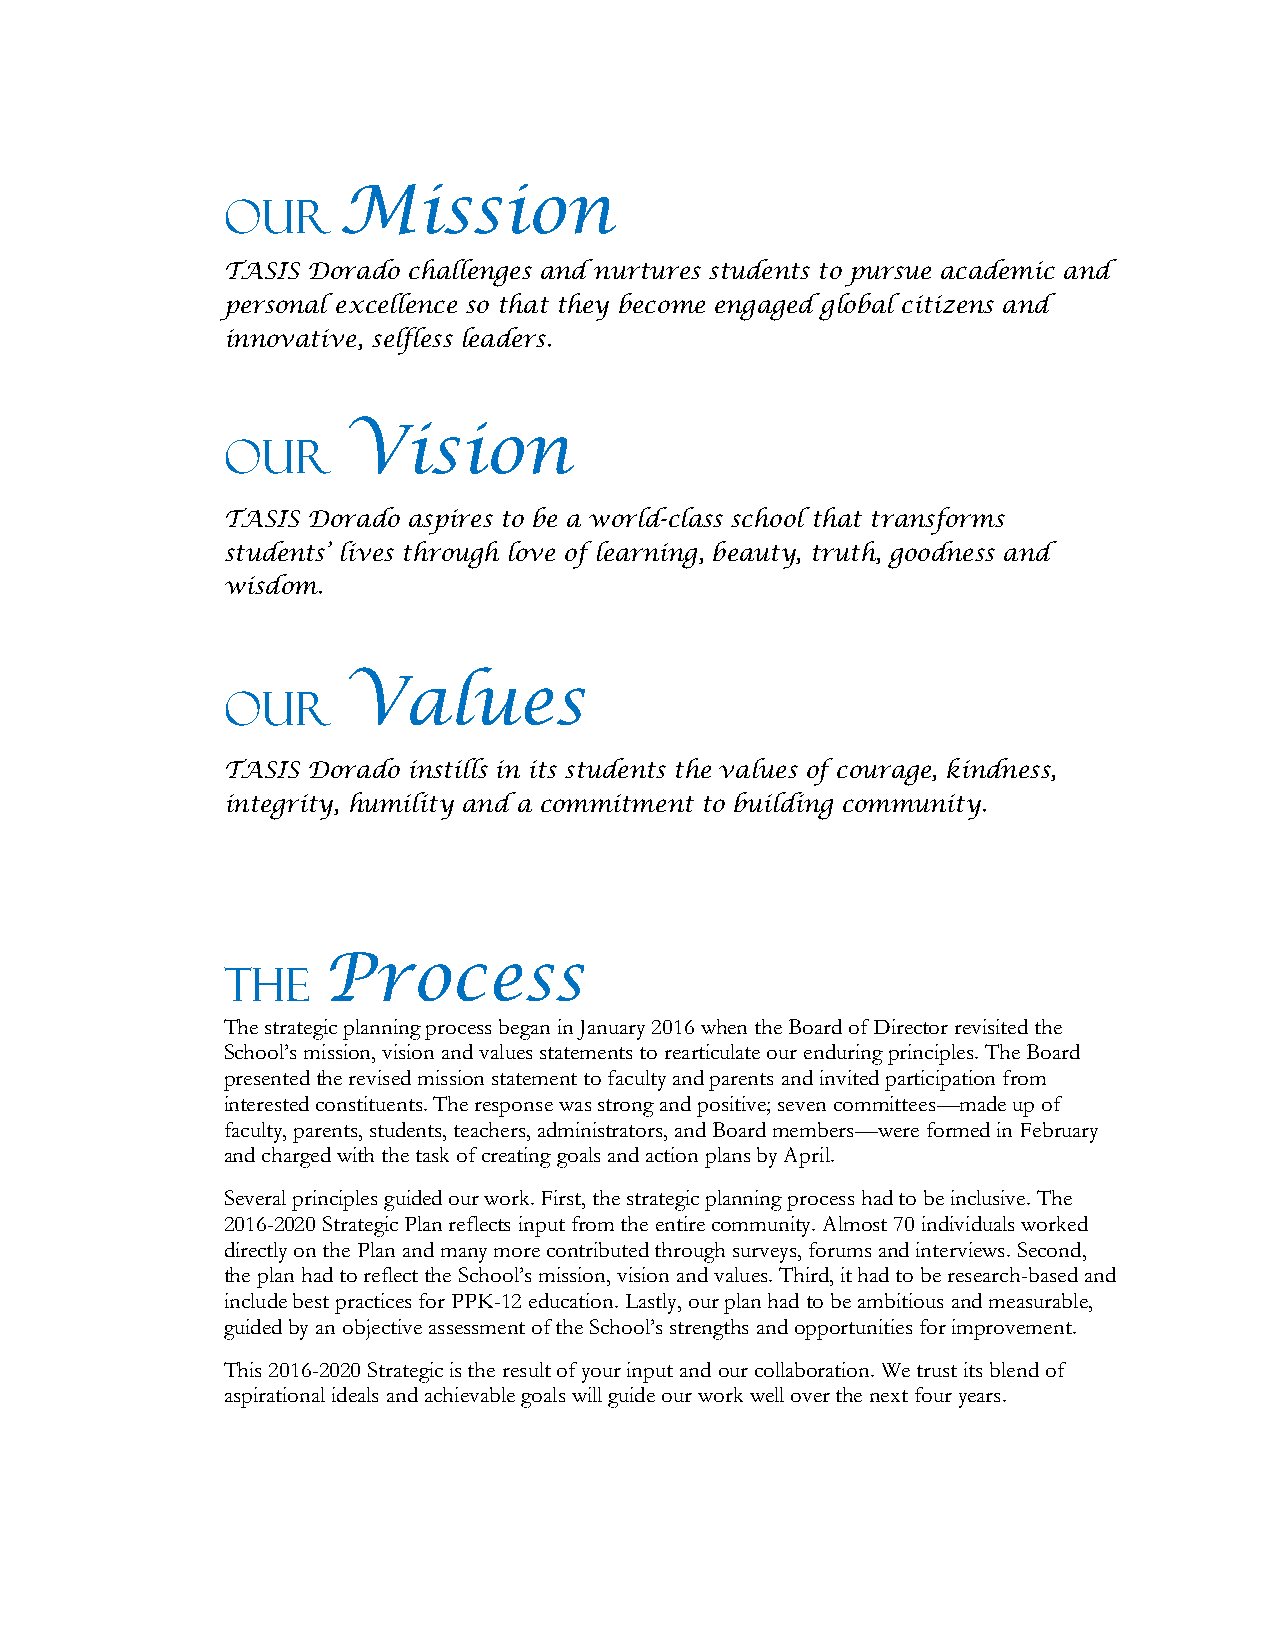
Our    Mission
 TASIS Dorado challenges and nurtures students to pursue academic and
 personal excellence so that they become engaged global citizens and
 innovative, selfless leaders.
 Our     Vision
 TASIS Dorado aspires to be a world-class school that transforms
 students’ lives through love of learning, beauty, truth, goodness and
 wisdom.
 Our     Values
 TASIS Dorado instills in its students the values of courage, kindness,
 integrity, humility and a commitment to building community.
 The   Process
 The strategic planning process began in January 2016 when the Board of Director revisited the
 School’s mission, vision and values statements to rearticulate our enduring principles. The Board
 presented the revised mission statement to faculty and parents and invited participation from
 interested constituents. The response was strong and positive; seven committees—made up of
 faculty, parents, students, teachers, administrators, and Board members—were formed in February
 and charged with the task of creating goals and action plans by April.
 Several principles guided our work. First, the strategic planning process had to be inclusive. The
 2016-2020 Strategic Plan reflects input from the entire community. Almost 70 individuals worked
 directly on the Plan and many more contributed through surveys, forums and interviews. Second,
 the plan had to reflect the School’s mission, vision and values. Third, it had to be research-based and
 include best practices for PPK-12 education. Lastly, our plan had to be ambitious and measurable,
 guided by an objective assessment of the School’s strengths and opportunities for improvement.
 This 2016-2020 Strategic is the result of your input and our collaboration. We trust its blend of
 aspirational ideals and achievable goals will guide our work well over the next four years.